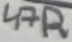
Text: 47R